Treatise on elephants
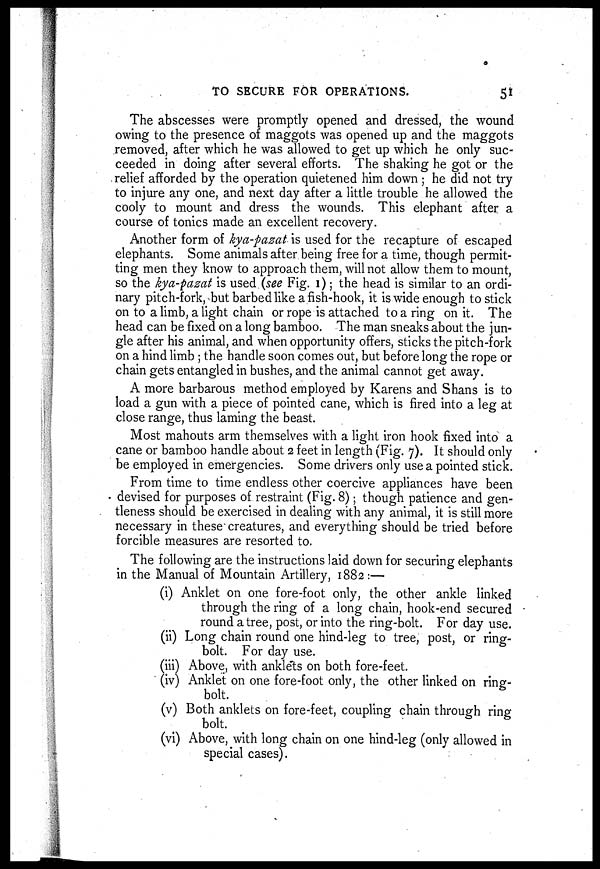
TO SECURE FOR OPERATIONS.
51
The abscesses were promptly opened and dressed, the wound
owing to the presence of maggots was opened up and the maggots
removed, after which he was allowed to get up which he only suc-
ceeded in doing after several efforts. The shaking he got or the
relief afforded by the operation quietened him down ; he did not try
to injure any one, and next day after a little trouble he allowed the
cooly to mount and dress the wounds. This elephant after a
course of tonics made an excellent recovery.
Another form of kya-pazat is used for the recapture of escaped
elephants. Some animals after being free for a time, though permit-
ting men they know to approach them, will not allow them to mount,
so the kya-pazat is used (see Fig. 1); the head is similar to an ordi-
nary pitch-fork, but barbed like a fish-hook, it is wide enough to stick
on to a limb, a light chain or rope is attached to a ring on it. The
head can be fixed on a long bamboo. The man sneaks about the jun-
gle after his animal, and when opportunity offers, sticks the pitch-fork
on a hind limb ; the handle soon comes out, but before long the rope or
chain gets entangled in bushes, and the animal cannot get away.
A more barbarous method employed by Karens and Shans is to
load a gun with a piece of pointed cane, which is fired into a leg at
close range, thus laming the beast.
Most mahouts arm themselves with a light iron hook fixed into a
cane or bamboo handle about 2 feet in length (Fig. 7). It should only
be employed in emergencies. Some drivers only use a pointed stick.
From time to time endless other coercive appliances have been
devised for purposes of restraint (Fig. 8); though patience and gen-
tleness should be exercised in dealing with any animal, it is still more
necessary in these" creatures, and everything should be tried before
forcible measures are resorted to.
The following are the instructions laid down for securing elephants
in the Manual of Mountain Artillery, 1882:—
(i) Anklet on one fore-foot only, the other ankle linked
through the ring of a long chain, hook-end secured
round a tree, post, or into the ring-bolt. For day use.
(ii) Long chain round one hind-leg to tree, post, or ring-
bolt. For day use.
(iii) Above, with anklets on both fore-feet.
(iv) Anklet on one fore-foot only, the other linked on ring-
bolt.
(v) Both anklets on fore-feet, coupling chain through ring
bolt.
(vi) Above, with long chain on one hind-leg (only allowed in
special cases).